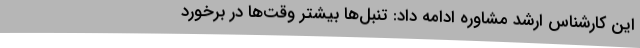
این کارشناس ارشد مشاوره ادامه داد: تنبل‌ها بیشتر وقت‌ها در برخورد